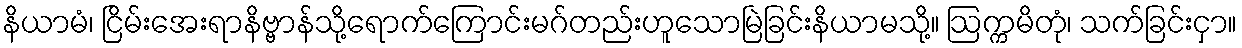
နိယာမံ၊ ငြိမ်းအေးရာနိဗ္ဗာန်သို့ရောက်ကြောင်းမဂ်တည်းဟူသောမြဲခြင်းနိယာမသို့။ ဩက္ကမိတုံ၊ သက်ခြင်းငှာ။